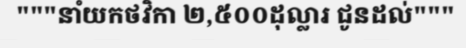
"""នាំយកថវិកា ២,៥០០ដុល្លារ ជូនដល់"""